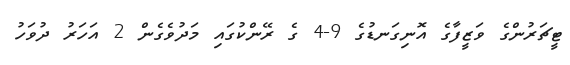
ޓީޗަރުންގެ ވަޒީފާގެ އޮނިގަނޑުގެ 9-4 ގެ ރޭންކުގައި މަދުވެގެން 2 އަހަރު ދުވަހު